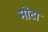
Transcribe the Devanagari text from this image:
मोंटा